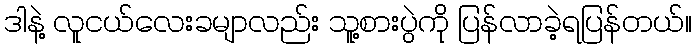
ဒါနဲ့ လူငယ်လေးခမျာလည်း သူ့စားပွဲကို ပြန်လာခဲ့ရပြန်တယ်။